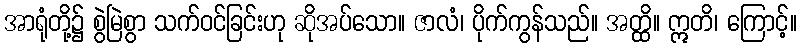
အာရုံတို့၌ စွဲမြဲစွာ သက်ဝင်ခြင်းဟု ဆိုအပ်သော။ ဇာလံ၊ ပိုက်ကွန်သည်။ အတ္ထိ။ ဣတိ၊ ကြောင့်။